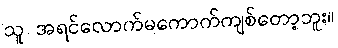
သူ အရင်လောက်မကောက်ကျစ်တော့ဘူး။